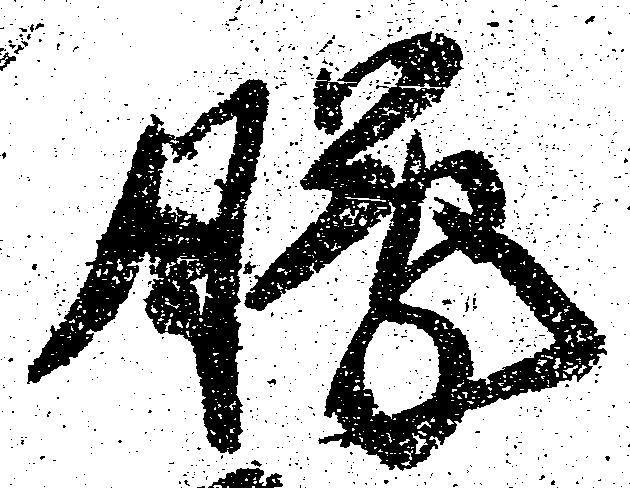
朦